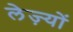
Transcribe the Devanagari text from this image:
लेज़्यों